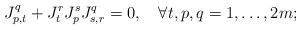
LaTeX: \begin{align*} J_{p,t}^q+J_t^rJ_p^sJ_{s,r}^q=0, \quad\forall t,p,q=1,\ldots,2m;\end{align*}